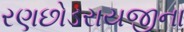
રણછોડરાયજીના